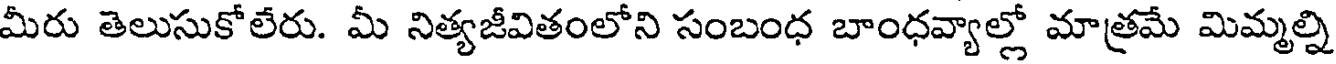
మీరు తెలుసుకోలేరు. మీ నిత్యజీవితంలోని సంబంధ బాంధవ్యాల్లో మాత్రమే మిమ్మల్ని